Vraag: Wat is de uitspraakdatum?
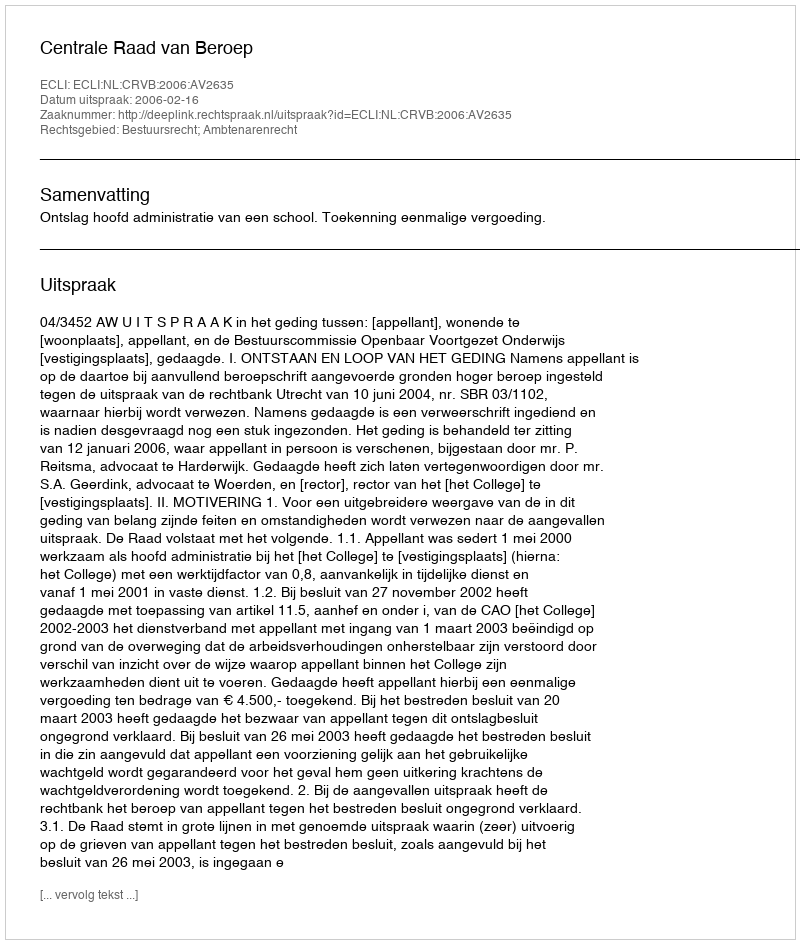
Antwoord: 2006-02-16